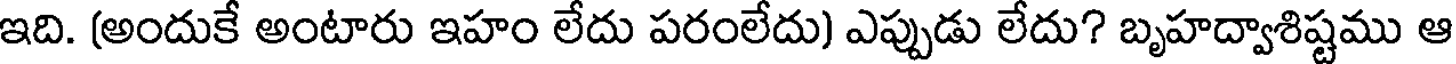
ఇది. (అందుకే అంటారు ఇహం లేదు పరంలేదు) ఎప్పుడు లేదు? బృహద్వాశిష్టము ఆ